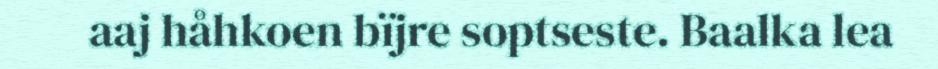
aaj håhkoen bïjre soptseste. Baalka lea